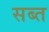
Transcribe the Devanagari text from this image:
सब्त